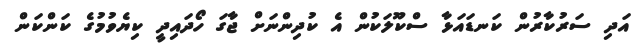
އަދި ސަރުކާރުން ކަނޑައަޅާ ސްކޫލަކުން އެ ކުދިންނަށް ޖާގަ ހޯދައިދީ ކިޔެވުމުގެ ކަންކަން